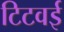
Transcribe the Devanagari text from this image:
टिटवई